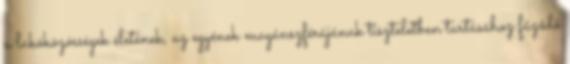
a lakóközösségek életének, az egyének magánszférájának tiszteletben tartásához fűződő